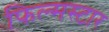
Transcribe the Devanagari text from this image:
फिल्मस्टार